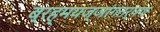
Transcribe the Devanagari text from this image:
ब्रह्मयज्ञांगतर्पण